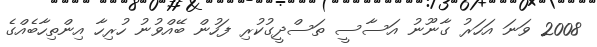
2008 ވަނަ އަހަރު ގާނޫނު އަސާސީ ތަސްދީގުކުރި ފަހުން ބޭއްވުނު ހުރިހާ އިންތިހާބެއްގެ